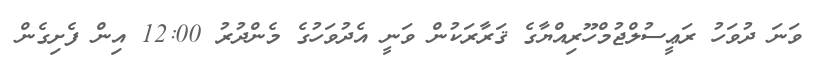
ވަނަ ދުވަހު ރަޢީސުލްޖުމްހޫރިއްޔާގެ ޤަރާރަކުން ވަނީ އެދުވަހުގެ މެންދުރު 12:00 އިން ފެށިގެން